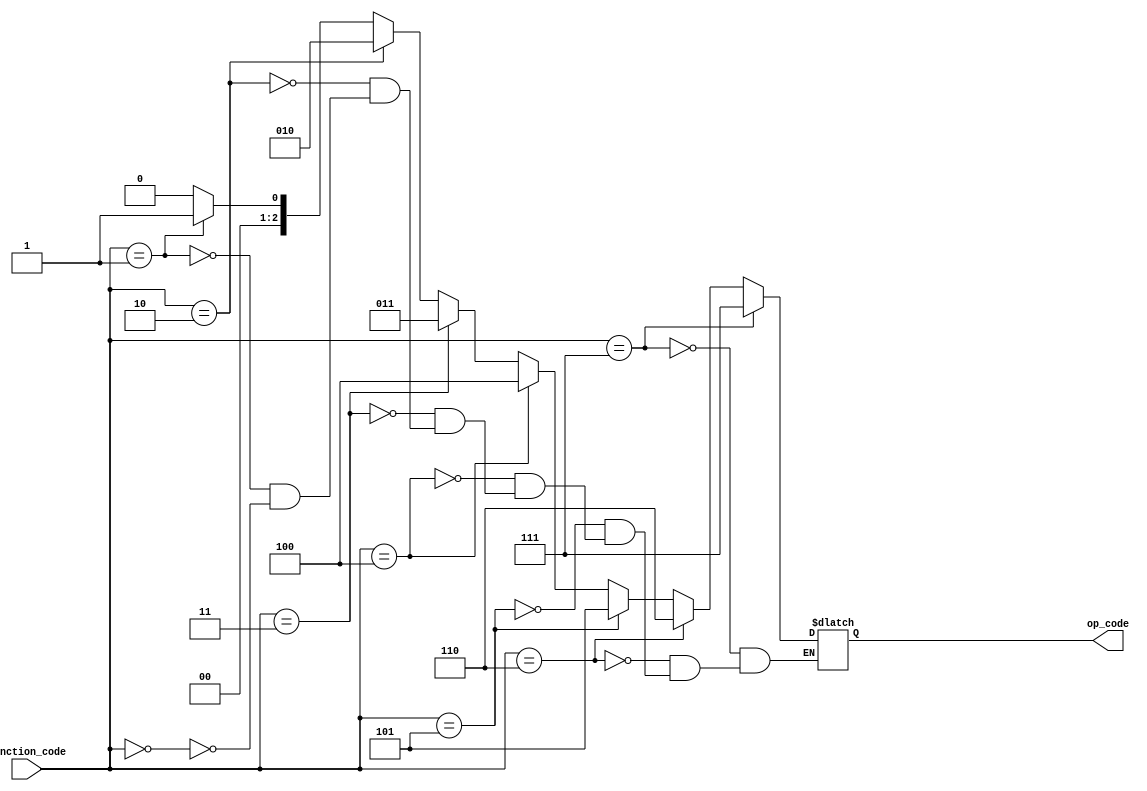
module encoder_8to3(function_code, op_code);
	input [7:0] function_code;
	output [2:0] op_code;
	reg [2:0] temp;
	always @(function_code)
		begin
		if(function_code==0)
			temp = 3'b000;    //add
		if(function_code==1)
			temp = 3'b001;    //sub
		if(function_code==2)
			temp = 3'b010;    //xor
		if(function_code==3)
			temp = 3'b011;    //or
		if(function_code==4)
			temp = 3'b100;    //and
		if(function_code==5)
			temp = 3'b101;    //nor
		if(function_code==6)
			temp = 3'b110;    //nand
		if(function_code==7)
			temp = 3'b111;    //xnor
		end
	assign op_code = temp;
endmodule


module alu(A,B,opcode,X);
	input [3:0]A,B;
	input [2:0]opcode;
	output [3:0]X;
	reg [3:0] temp;
	always @(*)
		begin
		if(opcode==0) //add
			temp=A+B;
		if(opcode==1) //sub
			temp=A-B;
		if(opcode==2) //xor
			temp=A^B;
		if(opcode==3) //or
			temp=A|B;
		if(opcode==4) //and
			temp=A&B;
		if(opcode==5) //nor
			temp=A~|B;
		if(opcode==6) //nand
			temp=~(A&B);
		if(opcode==7) //xnor
			temp=A~^B;
		end
	assign X = temp;
endmodule


module even_parity(a,parity);
	input [3:0]a;
	output parity;
	integer c;
	reg parity;
	always @(*)
		begin
		parity = 1'b0;
		c=1'b0;
		while(c<4)
			begin
			if(a[c]==1)
				parity = ~parity;
			c = c+1;
			end
		end
endmodule


module register_3bit(q,d,clk,reset);
	input [2:0]d;
	input clk, reset;
	output [2:0]q;
	reg [2:0]q;
	always @(posedge clk or negedge reset)
		begin
		if(reset ==0)
			q= 3'd0;
		else
			q=d;
		end
endmodule


module register_4bit(q,d,clk,reset);
	input [3:0]d;
	input clk, reset;
	output [3:0]q;
	reg [3:0]q;
	always @(posedge clk or negedge reset)
		begin
		if(reset ==0)
			q= 4'd0;
		else
			q=d;
		end
endmodule


module pipeline(A,B,operation,out,clk);
	input [3:0]A,B;
	input [7:0]operation;
	input clk;
	output out;
	wire [2:0]opcode,ctrl_alu;
	wire [3:0]A_alu,B_alu,X_parity,X;
	encoder_8to3 e1(operation,opcode);
	register_3bit Ctrl(ctrl_alu,opcode,clk,1'b1);
	register_4bit A1(A_alu,A,clk,1'b1);
	register_4bit B1(B_alu,B,clk,1'b1);
	alu a1(A_alu,B_alu,ctrl_alu,X);
	register_4bit X1(X_parity,X,clk,1'b1);
	even_parity e2(X_parity,out);
endmodule
	
module tb_pipeline;
	reg [3:0]A,B;
	reg [7:0]operation;
	reg clk;
	wire out;
	pipeline p1(A,B,operation,out,clk);
	initial 
		$monitor($time,", clk=%b, Operation=%b, A=%b, B=%b, Output=%b",clk,operation,A,B,out);
	always
		#1 clk = ~clk;
	initial
		begin
		#0 clk=1'b0; operation=8'd0; A =4'd4; B=4'd3;
		#2 operation=8'd0; A =4'd4; B=4'd5;
		#10 $finish; 
		end
endmodule